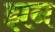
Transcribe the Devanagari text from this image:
झन